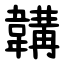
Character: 韝